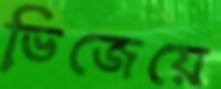
ভিজেয়ে